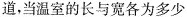
道，当温室的长与宽各为多少